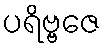
ပရိဗ္ဗဇေ